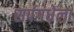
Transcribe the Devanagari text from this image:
सर्पगंधेला